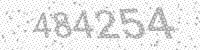
Solution: 484254